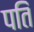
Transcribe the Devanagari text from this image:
पतिं